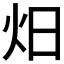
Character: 𭴌